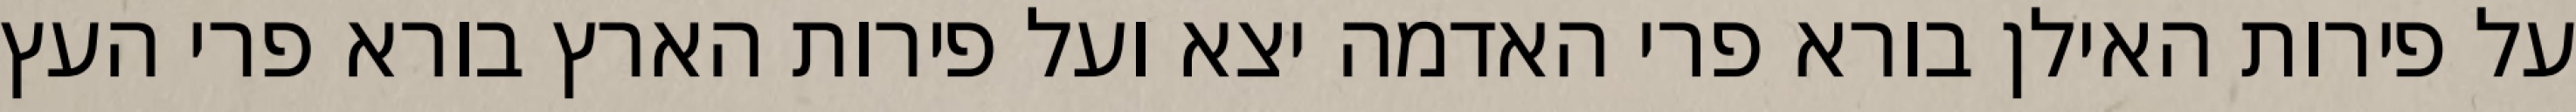
על פירות האילן בורא פרי האדמה יצא ועל פירות הארץ בורא פרי העץ